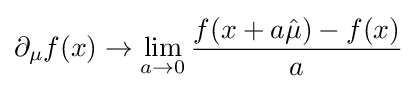
\partial _{\mu }f(x)\rightarrow \lim _{a\rightarrow 0}{\frac {f(x+a{\hat {\mu }})-f(x)}{a}}